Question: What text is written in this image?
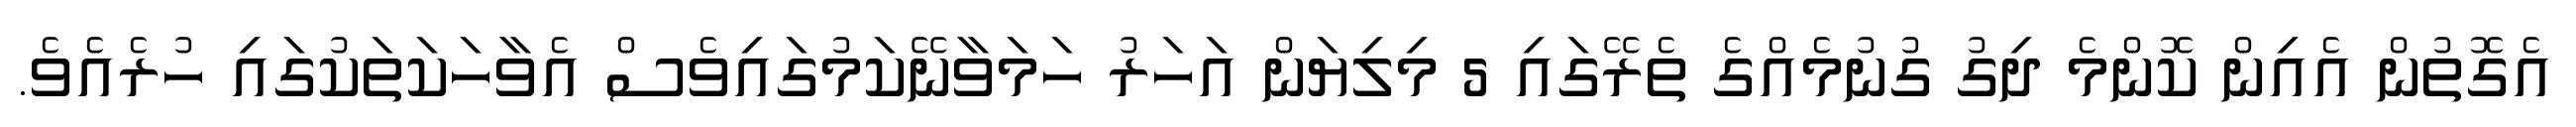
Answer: އެގޮތުން އެއިން ކޮންމެ ދިގު ގުނުމެއްގެ ތެރޭގައި 5 މިލިޔަން އަހަރު ހަމަވާނޭކަމުގައިވެސް އެވާހަކަތަކުގައި ހުރެއެވެ.